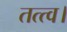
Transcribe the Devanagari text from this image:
तत्त्व।